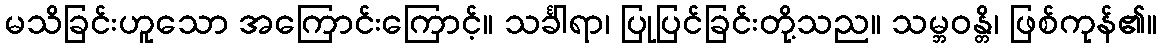
မသိခြင်းဟူသော အကြောင်းကြောင့်။ သင်္ခါရာ၊ ပြုပြင်ခြင်းတို့သည။ သမ္ဘဝန္တိ၊ ဖြစ်ကုန်၏။